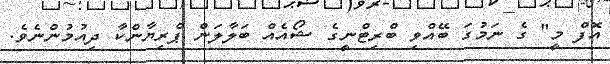
އޮފް މީ" ގެ ނަމުގަ ބޭއްވި ބްރިޓްނީގެ ޝޯއެއް ބަލާލަން ޕްރިޔާންކާ ދިއުމުންނެވެ.